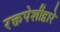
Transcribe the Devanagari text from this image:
रक्तपेशींद्वारे